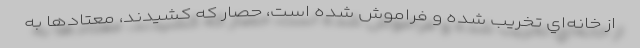
از خانه‌اي تخريب شده و فراموش شده است، حصار كه كشيدند، معتادها به